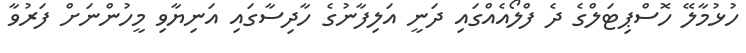
ހުޅުމާލޭ ހޮސްޕިޓަލްގެ ދެ ފްލޯއެއްގައި ދަނީ އަލިފާނުގެ ހާދިސާގައި އަނިޔާވި މީހުންނަށް ފަރުވާ